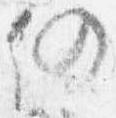
仍